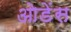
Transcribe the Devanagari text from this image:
ओडेंस